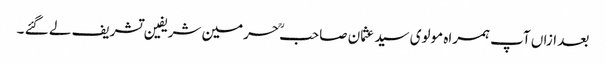
بعد ازاں آپ ہمراہ مولوی سید عثمان صاحبؒ حرمین شریفین تشریف لے گئے ۔